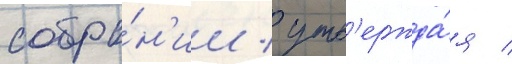
собра́н'ии / утв'ержда́я /